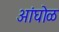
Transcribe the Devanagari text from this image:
अांघोळ